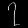
Digit: ၇